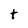
Character: t